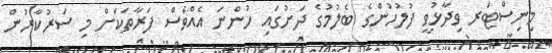
މިނިސްޓަރ ވިދާޅުވީ ފުލުހުންގެ ބެލުމުގެ ދަށުގައި ހުންނަ އެއްވެސް ފަރާތަކަށް މި ސަރުކާރުން